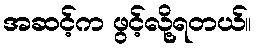
အဆင့်က ဖွင့်လို့ရတယ်။